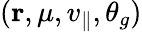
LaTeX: (\mathbf{r},\mu,v_{\parallel},\theta_{g})